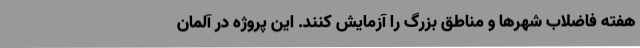
هفته فاضلاب شهرها و مناطق بزرگ را آزمایش کنند. این پروژه در آلمان